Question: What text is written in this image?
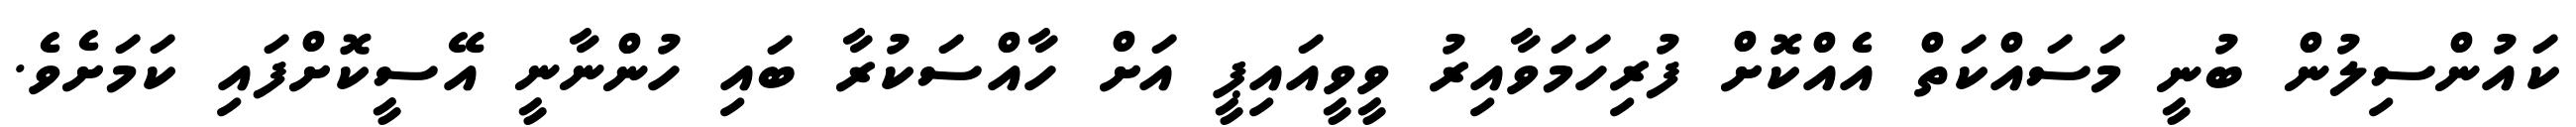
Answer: ކައުންސިލުން ބުނީ މަސައްކަތް އެއްކޮށް ފުރިހަމަވާއިރު ވީވީއައިޕީ އަށް ހާއްސަކުރާ ބައި ހުންނާނީ އޭސީކޮށްފައި ކަމަށެވެ.